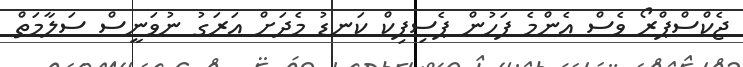
ޖެކްސްޕްރޯ ވެސް އެންމެ ފަހުން ޕެސިފިކް ކަނޑު މެދަށް އަރަގު ނުވަނީސް ސަލާމަތް